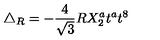
\triangle _ { R } = - \frac { 4 } { \sqrt { 3 } } R X _ { 2 } ^ { a } t ^ { a } t ^ { 8 }